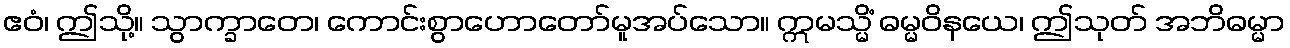
ဧဝံ၊ ဤသို့။ သွာက္ခာတေ၊ ကောင်းစွာဟောတော်မူအပ်သော။ ဣမသ္မိံ ဓမ္မဝိနယေ၊ ဤသုတ် အဘိဓမ္မာ